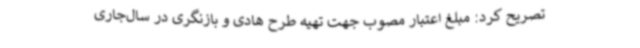
تصریح کرد: مبلغ اعتبار مصوب جهت تهیه طرح هادی و بازنگری در سال‌جاری